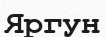
Яргун